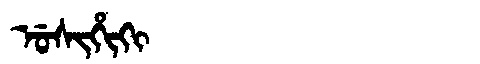
Manchu: ᡠᠰᡳᡥᡳᡴᡳ
Romanization: USIHIKI